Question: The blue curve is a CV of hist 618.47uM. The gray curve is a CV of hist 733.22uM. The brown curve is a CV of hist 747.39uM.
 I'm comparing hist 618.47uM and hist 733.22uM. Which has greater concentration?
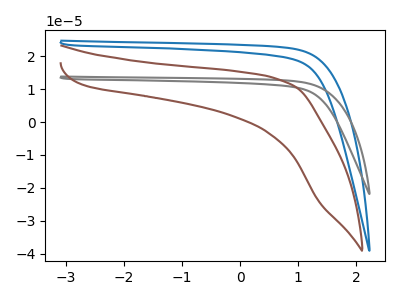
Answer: <think>The blue curve "hist 618.47uM" has no peaks. The gray curve "hist 733.22uM" has no peaks. The brown curve "hist 747.39uM" has no peaks.
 Neither "hist 618.47uM" or "hist 733.22uM" have any peaks.</think>
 <answer>I cant tell if "hist 618.47uM" or "hist 733.22uM" has higher concentration.</answer>
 <eval>mixed_concentration</eval>